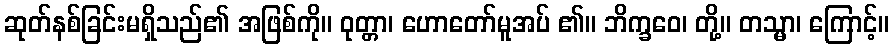
ဆုတ်နစ်ခြင်းမရှိသည်၏ အဖြစ်ကို။ ဝုတ္တာ၊ ဟောတော်မူအပ် ၏။ ဘိက္ခဝေ၊ တို့။ တသ္မာ၊ ကြောင့်။